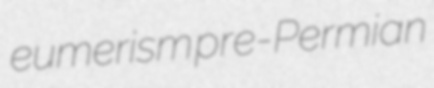
eumerism pre-Permian